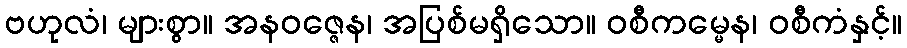
ဗဟုလံ၊ များစွာ။ အနဝဇ္ဇေန၊ အပြစ်မရှိသော။ ဝစီကမ္မေန၊ ဝစီကံနှင့်။